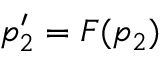
p _ { 2 } ^ { \prime } = F ( p _ { 2 } )